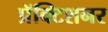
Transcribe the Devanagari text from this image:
प्रॅक्टिशनर